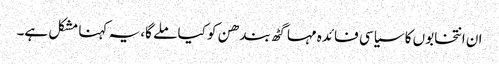
ان انتخابوں کا سیاسی فائدہ مہا گٹھ بندھن کو کیا ملے گا، یہ کہنا مشکل ہے۔